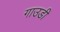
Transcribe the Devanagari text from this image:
गाउडी